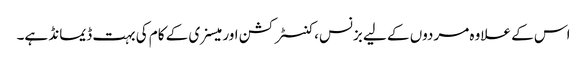
اس کے علاوہ مردوں کے لیے بزنس، کنسٹرکشن اور میسنری کے کام کی بہت ڈیمانڈ ہے۔